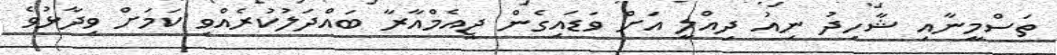
ތަސްމީނާއި ޝާހިދު ނިއު ދިއްލީ އަށް ވަޑައިގެން ޖީއެމްއާރާ ބައްދަލުކުރެއްވި ކަމަށް ވިދާޅުވެ